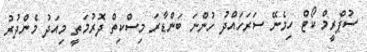
ސުޕްރީމް ކޯޓް ހިމެނޭ ސަރަހައްދު ހުންނަ ބަންޑާރަ މިސްކިތް ދޮރުމަތީ މިއަދު މެންދުރު